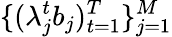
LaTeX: \{ (\lambda_{j}^{t}b_{j})_{t=1}^{T}\} _{j=1}^{M}